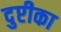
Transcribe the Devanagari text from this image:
दुप्टीका